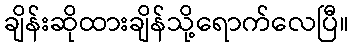
ချိန်းဆိုထားချိန်သို့ရောက်လေပြီ။